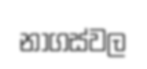
නාගස්වල